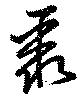
聚